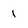
Character: 1